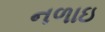
નળાઇ